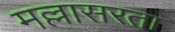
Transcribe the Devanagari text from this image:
मल्लासरता